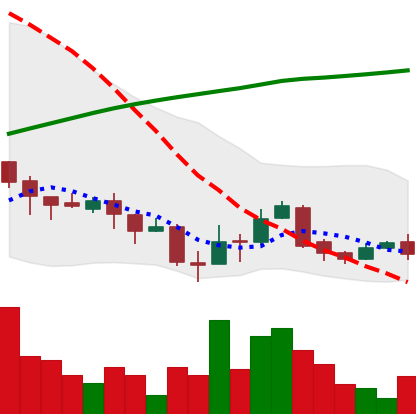
Ticker: XLM-USD
Chart end date: 2018-04-09
Forward return: 27.028%
Label: up_7plus